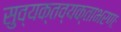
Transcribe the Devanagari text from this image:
सुव्यक्तव्यक्ताभरणः